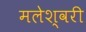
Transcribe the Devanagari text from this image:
मलेश्वरी